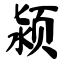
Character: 颍